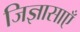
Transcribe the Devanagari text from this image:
जिज्ञासाएँ